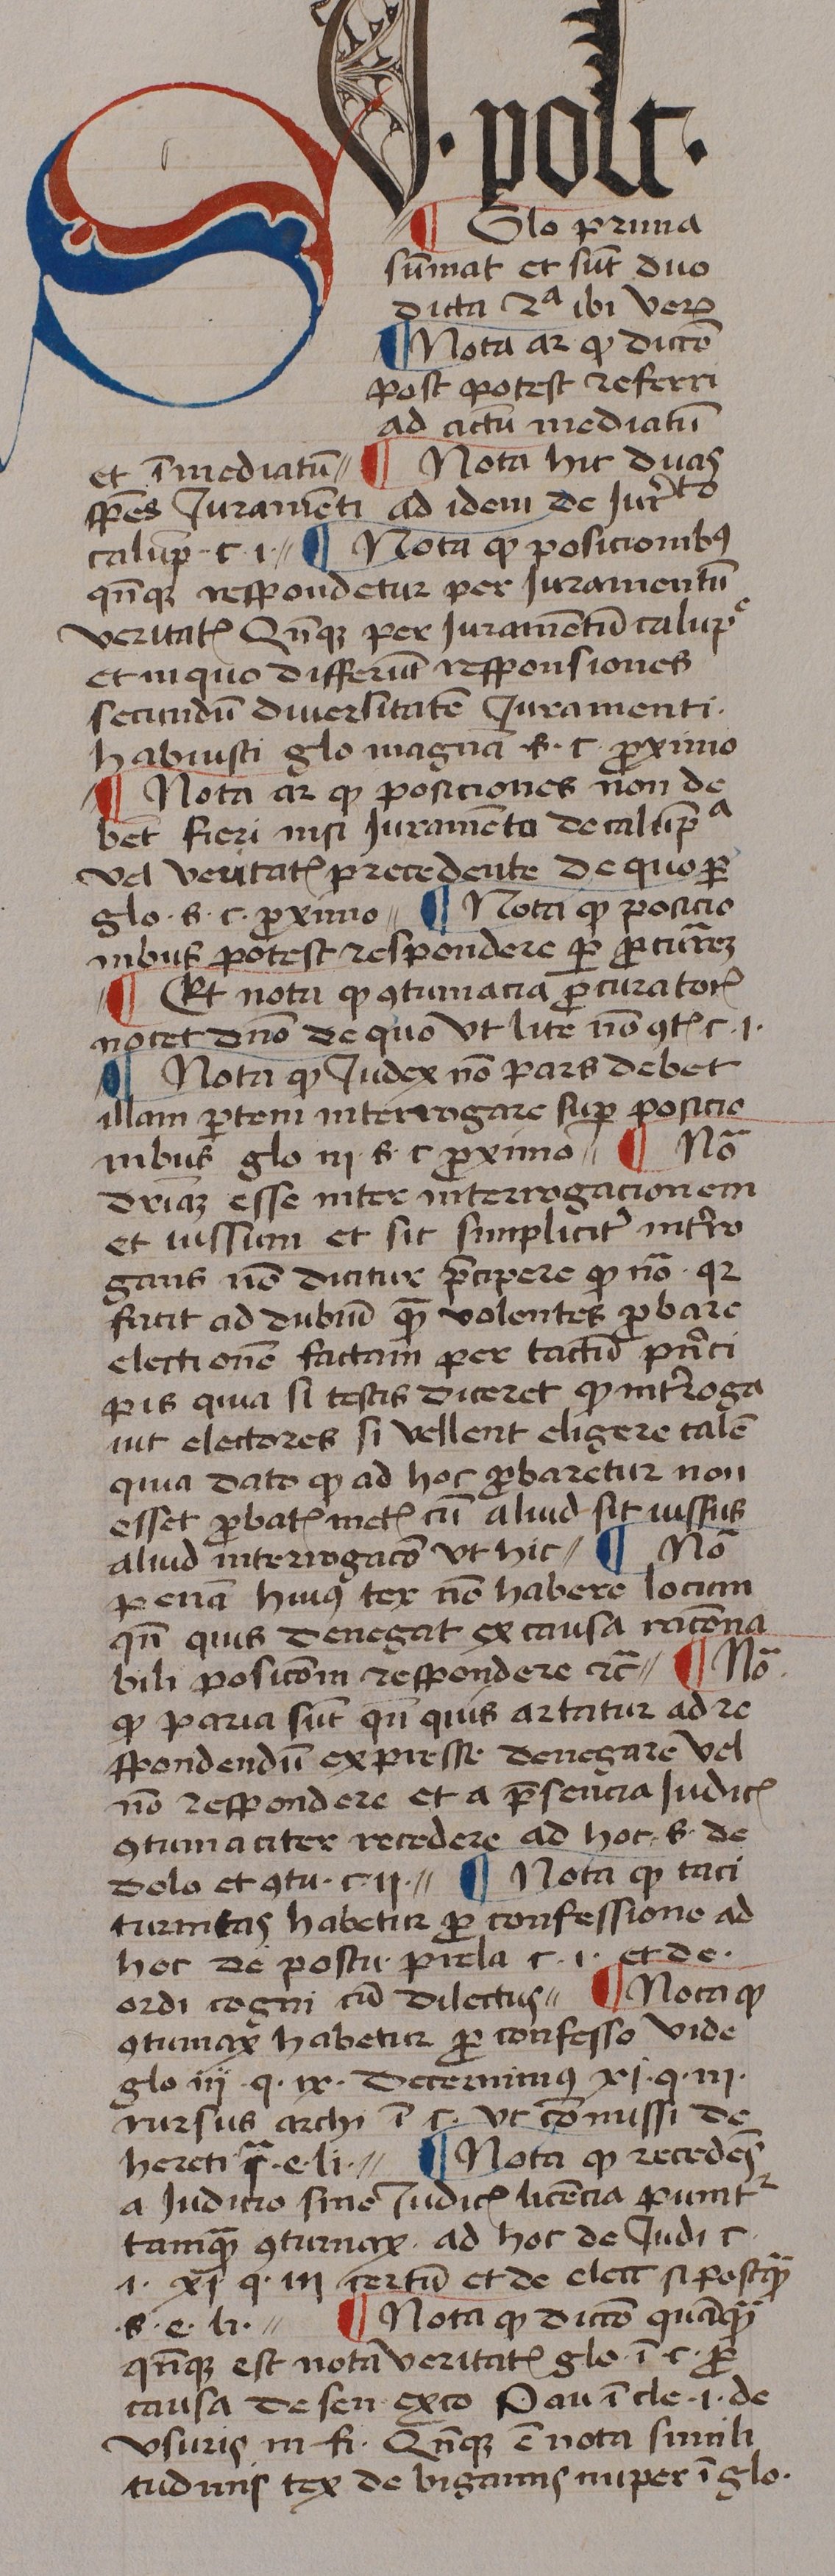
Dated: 1439–1439